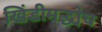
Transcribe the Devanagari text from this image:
खिंडीमद्ध्येच